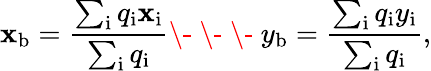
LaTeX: \mathbf{x}_{\mathrm{{{b}}}}=\frac{{\sum_{\mathrm{{{i}}}}q_{\mathrm{{{i}}}}\mathbf{x}_{\mathrm{{{i}}}}}}{{\sum_{\mathrm{{{i}}}}q_{\mathrm{{{i}}}}}}\- \ \- \ \- \ y_{\mathrm{{{b}}}}=\frac{{\sum_{\mathrm{{{i}}}}q_{\mathrm{{{i}}}}y_{\mathrm{{{i}}}}}}{{\sum_{\mathrm{{{i}}}}q_{\mathrm{{{i}}}}}},